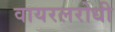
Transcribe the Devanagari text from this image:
वायरलरोधी